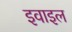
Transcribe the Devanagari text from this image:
इवाइल